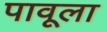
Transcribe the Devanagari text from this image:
पावूला